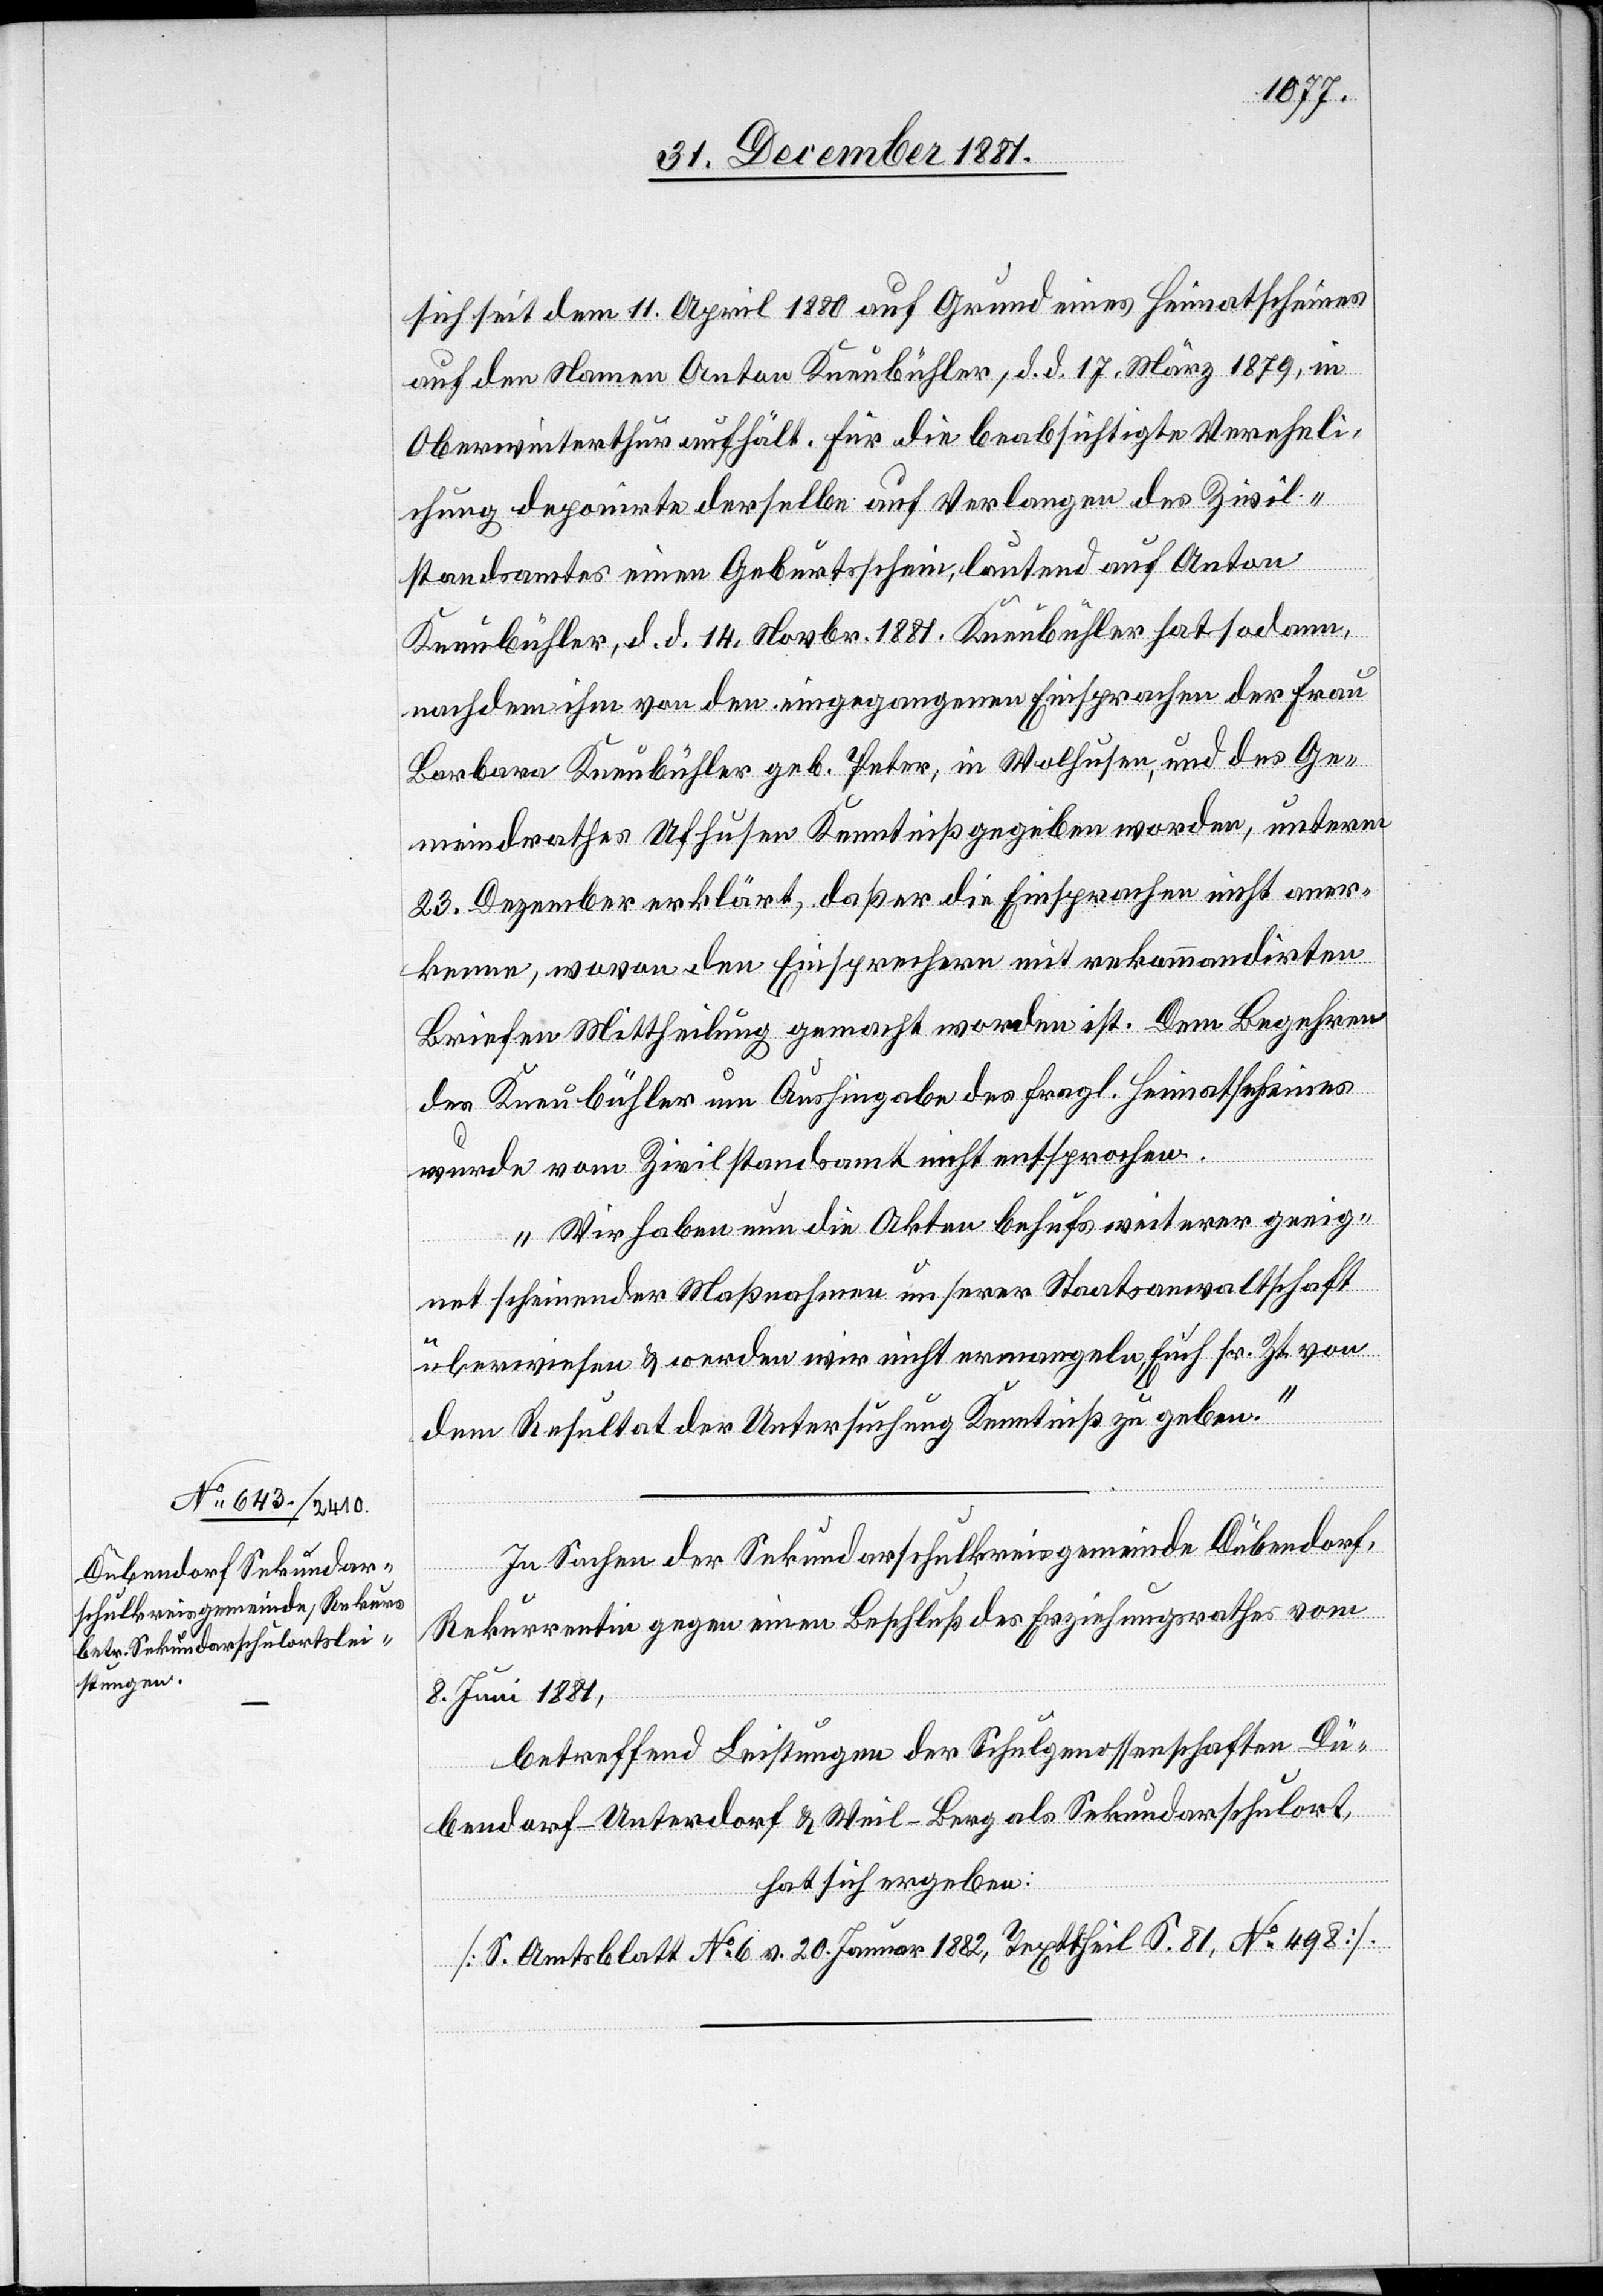
sich seit dem 11. April 1880 auf Grund eines Heimatscheines
auf den Namen Anton Kneubühler, d. d. 17. März 1879, in
Oberwinterthur aufhält. Für die beabsichtigte Vereheli¬
chung deponirte derselbe auf Verlangen des Zivil¬
standsamtes einen Geburtsschein, lautend auf Anton
Kneubühler, d. d. 14. Novbr. 1881. Kneubühler hat sodann,
nachdem ihm von den eingegangenen Einsprachen der Frau
Barbara Kneubühler geb. Peter, in Walhusen, und des Ge¬
meindrathes Ufhusen Kenntniß gegeben worden, unterm
23. Dezember erklärt, daß er die Einsprachen nicht aner¬
kenne, wovon den Einsprechern mit rekommandirten
Briefen Mittheilung gemacht worden ist. Dem Begehren
des Kneubühler um Aushingabe des fragl. Heimatscheines
wurde vom Zivilstandsamt nicht entsprochen.
Wir haben nun die Akten behufs weiterer geeig¬
net scheinender Maßnahmen unserer Staatsanwaltschaft
überwiesen & werden wir nicht ermangeln, Euch sr. Zt. von
dem Resultat der Untersuchung Kenntniß zu geben.“
In Sachen der Sekundarschulkreisgemeinde Dübendorf,
Rekurrentin gegen einen Beschluß des Erziehungsrath vom
8. Juni 1881,
betreffend Leistungen der Schulgenossenschaften Dü¬
bendorf-Unterdorf & Weil-Berg als Sekundarschulort,
hat sich ergeben:
[S. Amtsblatt No 6 v. 29. Januar 1882, Texttheil S. 81, No 498].